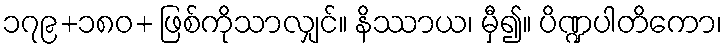
၁၇၉+၁၈၀+ ဖြစ်ကိုသာလျှင်။ နိဿာယ၊ မှီ၍။ ပိဏ္ဍပါတိကော၊